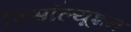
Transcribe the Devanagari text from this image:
रिसॉल्यूशन